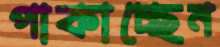
পাকাচ্ছেন